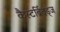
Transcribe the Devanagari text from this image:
कैस्टर्ब्रिदड्ज